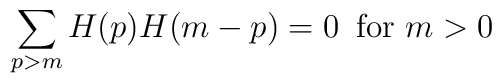
\sum_{p>m} H(p)H(m-p) = 0\, \mbox{ for } m > 0